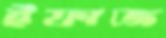
ইফাজ